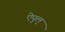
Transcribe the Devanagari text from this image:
ऐपुल्‌